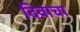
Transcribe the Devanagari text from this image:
दिवाचा